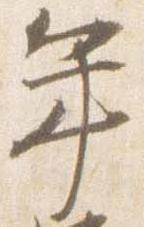
年